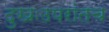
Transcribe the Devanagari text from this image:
दुखःउपरांतच